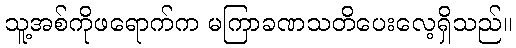
သူ့အစ်ကိုဖရောက်က မကြာခဏသတိပေးလေ့ရှိသည်။